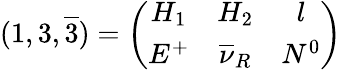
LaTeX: (1,3,\overline{{{3}}})=\left(\begin{array}{ccc}{{H_{1}}}&{{H_{2}}}&{{l}}\\ {{E^{+}}}&{{\overline{{{\nu}}}_{R}}}&{{N^{0}}}\end{array}\right)